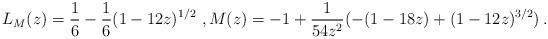
LaTeX: \begin{align*}L_M(z) = \frac 16 - \frac 16 (1- 12z )^{1/2} ~,M(z) = -1 + \frac{1}{54z^2}(-(1-18z)+(1-12z)^{3/2})\, .\end{align*}